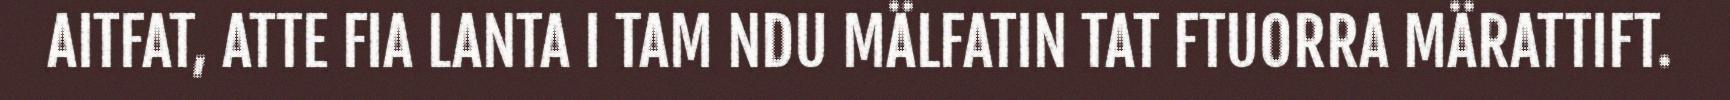
AITFAT, ATTE FIA LANTA I TAM NDU MÄLFATIN TAT FTUORRA MÄRATTIFT.